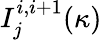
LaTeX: I_{j}^{i,i+1}(\kappa)